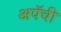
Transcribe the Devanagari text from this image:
अपॅची